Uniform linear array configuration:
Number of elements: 48
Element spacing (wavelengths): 1
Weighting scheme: cosine
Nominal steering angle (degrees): -15
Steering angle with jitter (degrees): -13.905
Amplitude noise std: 0.05
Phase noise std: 0.05

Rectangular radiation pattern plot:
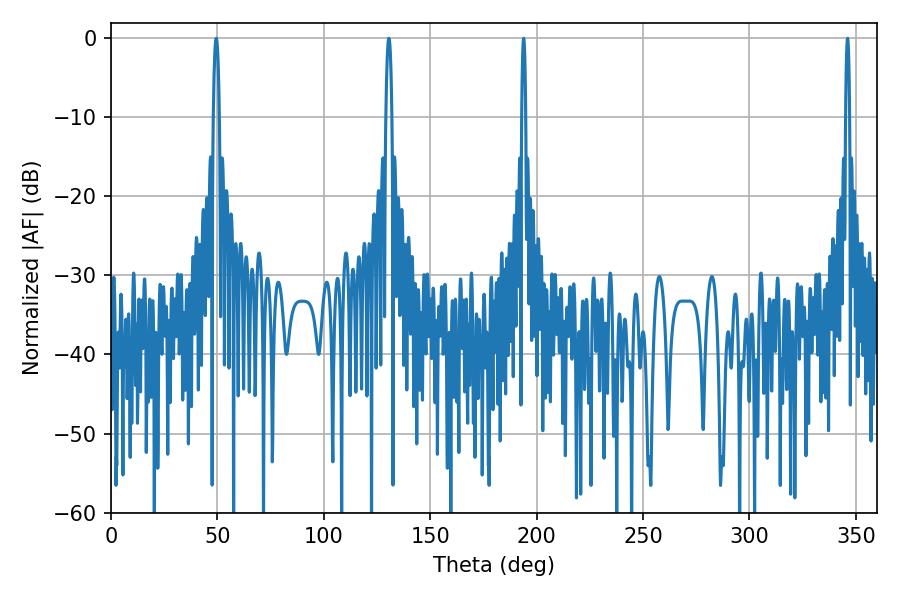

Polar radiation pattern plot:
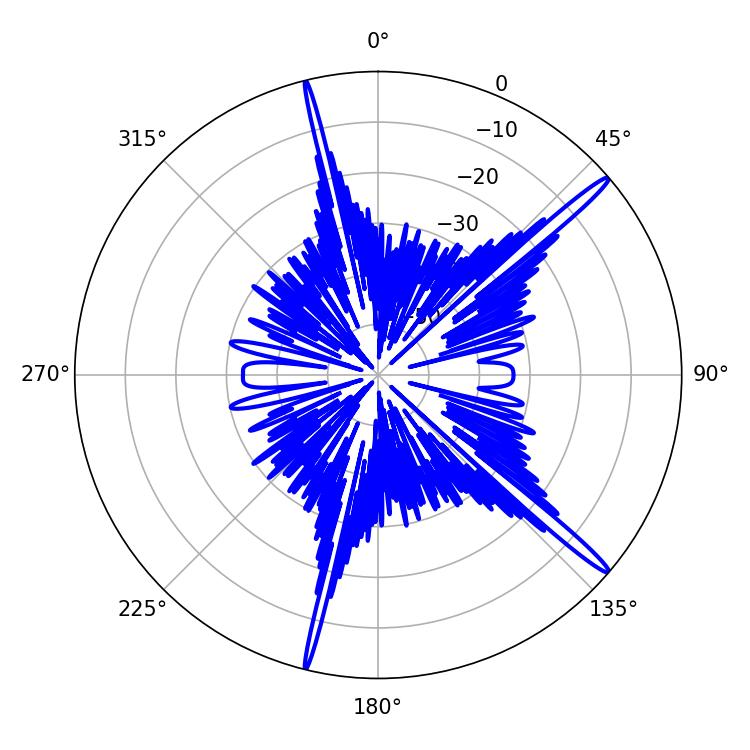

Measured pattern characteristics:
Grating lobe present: TRUE
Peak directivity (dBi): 17.136
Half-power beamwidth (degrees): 1.62
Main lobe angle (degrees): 49.5